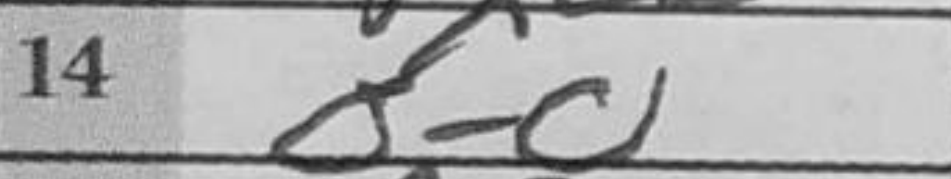
Transcription: O-O